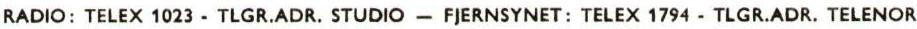
RADIO: TELEX 1023 - TLGR.ADR. STUDIO - FJERNSYNET: TELEX 1794 - TLGR.ADR. TELENOR